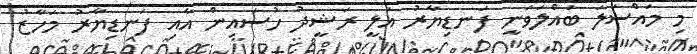
މި މައްސަލަ ބައްލަވަނީ ފަނޑިޔާރު އަލީ ރަޝީދު ހުސައިން އާއި ފަނޑިޔާރު މަހާޒު